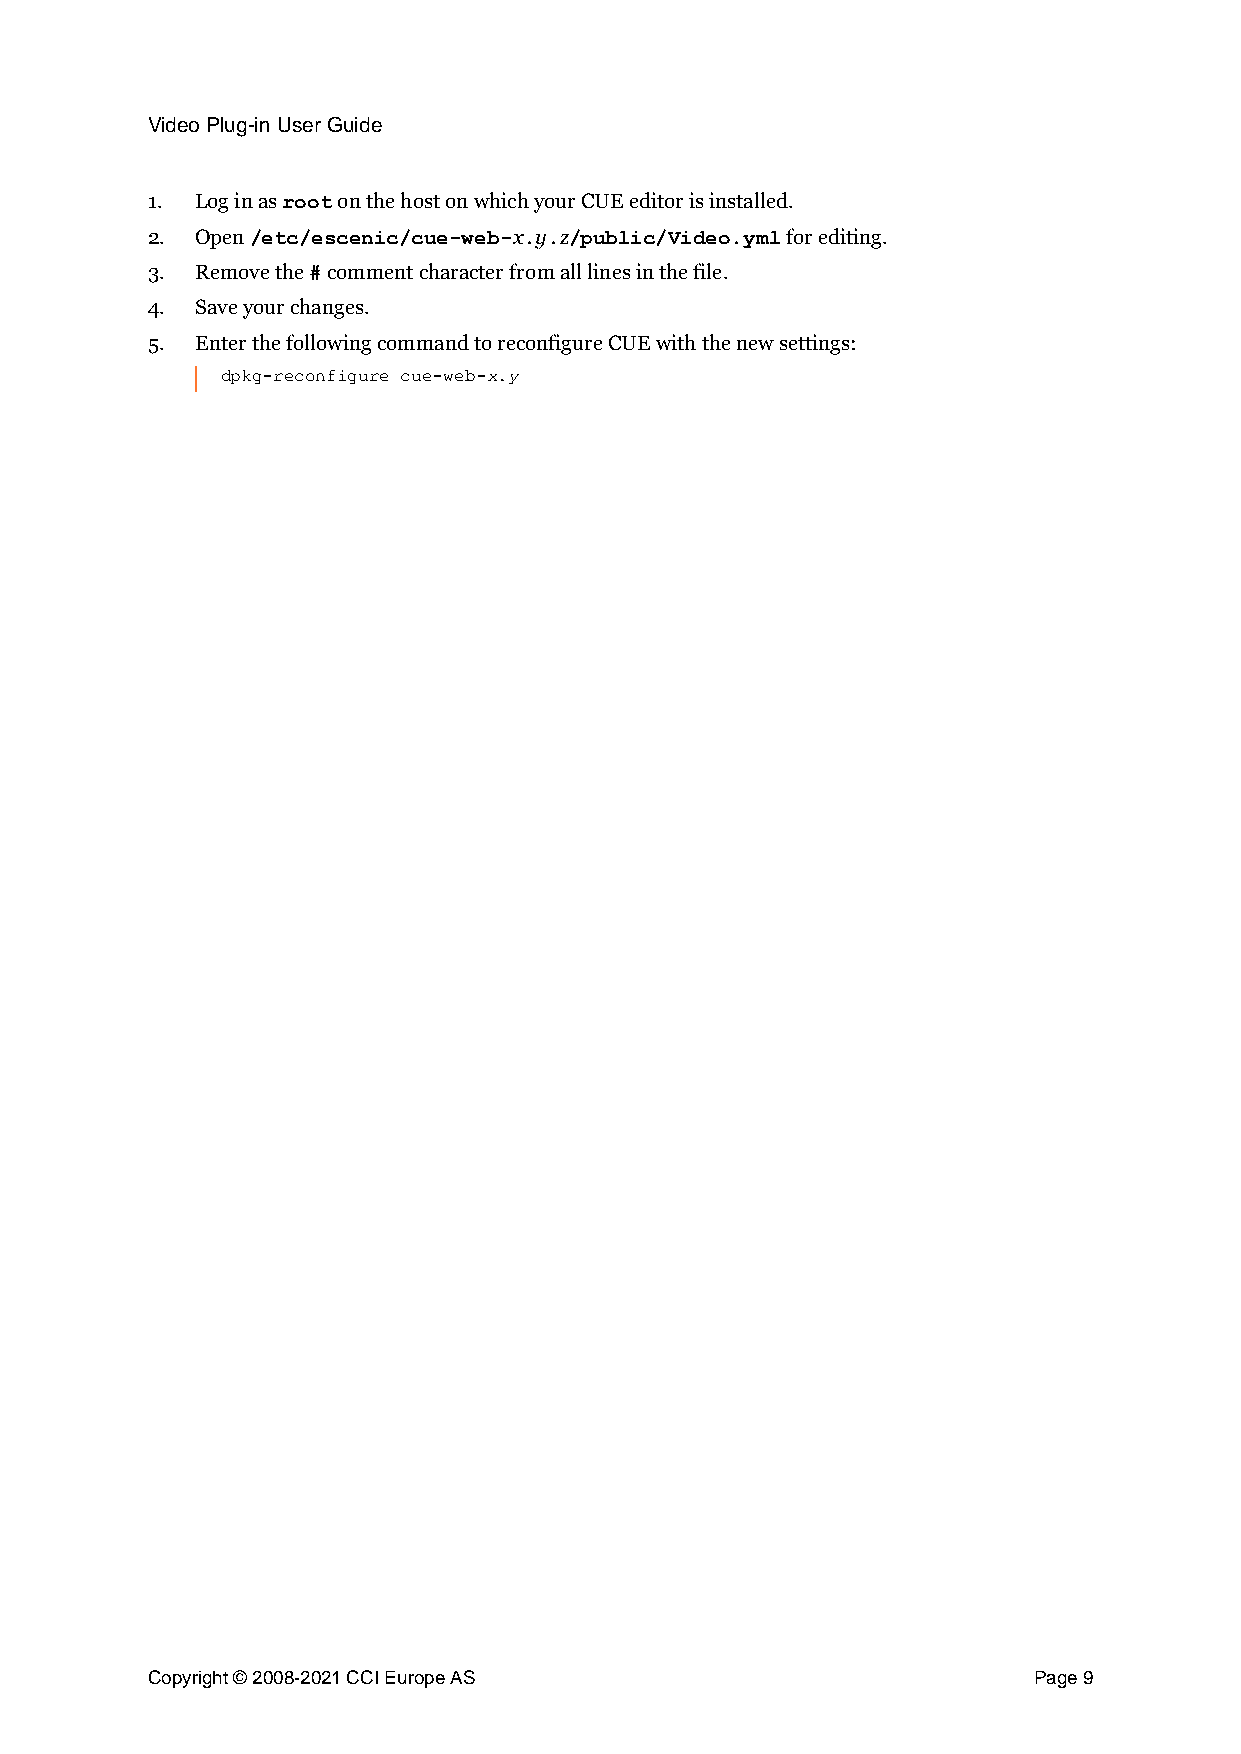
Video Plug-in User Guide
 1. Log in as on the host on which your CUE editor is installed.
 root
 2. Open                 x y z             for editing.
 /etc/escenic/cue-web- . . /public/Video.yml
 3. Remove the comment character from all lines in the file.
 #
 4. Save your changes.
 5. Enter the following command to reconfigure CUE with the new settings:
 x y
 dpkg-reconfigure cue-web- .
 Copyright © 2008-2021 CCI Europe AS                       Page 9